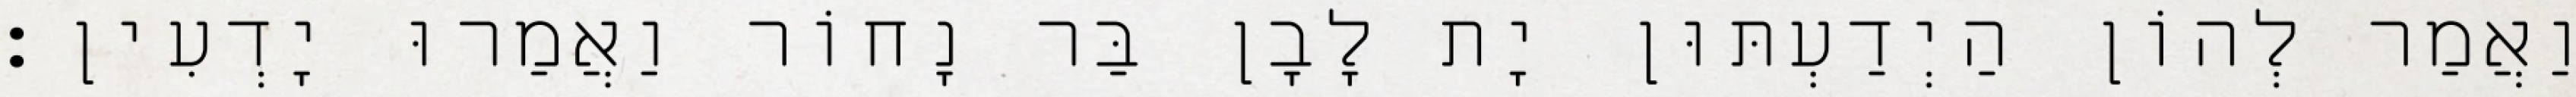
וַאֲמַר לְהוֹן הַיְדַעְתּוּן יָת לָבָן בַּר נָחוֹר וַאֲמַרוּ יָדְעִין׃